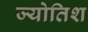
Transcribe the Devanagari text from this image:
ज्योतिश